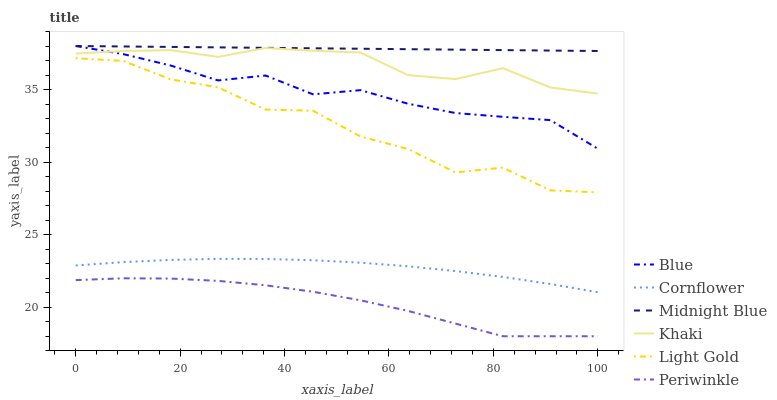
| xaxis_label | Blue | Cornflower | Midnight Blue | Khaki | Light Gold | Periwinkle |
 | --- | --- | --- | --- | --- | --- | --- |
 | 0 | 38 | 22.9 | 38 | 37.5 | 37.2 | 21.9 |
 | 9.09 | 37.4 | 23.1 | 38 | 37.7 | 37 | 22 |
 | 18.2 | 36.7 | 23.3 | 37.9 | 37.7 | 35.7 | 22 |
 | 27.3 | 35.6 | 23.3 | 37.9 | 37.2 | 35.2 | 21.8 |
 | 36.4 | 36 | 23.3 | 37.9 | 37.9 | 33.6 | 21.5 |
 | 45.5 | 34.7 | 23.2 | 37.8 | 37.7 | 33.5 | 21.1 |
 | 54.5 | 35 | 23.1 | 37.8 | 37.6 | 31.8 | 20.5 |
 | 63.6 | 34 | 22.8 | 37.8 | 36 | 30.9 | 19.7 |
 | 72.7 | 33.4 | 22.5 | 37.7 | 35.7 | 29.3 | 18.9 |
 | 81.8 | 33.1 | 22.1 | 37.7 | 36.5 | 29.6 | 18 |
 | 90.9 | 32.9 | 21.6 | 37.7 | 35.1 | 28.1 | 18 |
 | 100 | 30.9 | 21 | 37.7 | 34.7 | 27.9 | 18 |